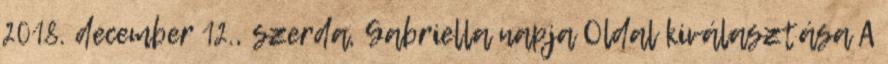
2018. december 12., szerda, Gabriella napja Oldal kiválasztása A